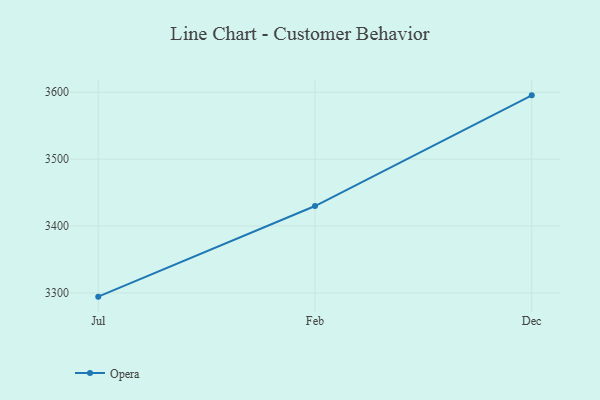
{"axis": {"x": "Month", "y": "Tickets Resolved"}, "legend": ["Opera"], "data": [{"x": "Jul", "y": 3294.5, "type": "Opera"}, {"x": "Feb", "y": 3429.9, "type": "Opera"}, {"x": "Dec", "y": 3595.3, "type": "Opera"}]}